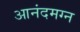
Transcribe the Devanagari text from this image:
आनंदमग्न